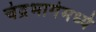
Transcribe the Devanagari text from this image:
चंद्रभागेमध्ये